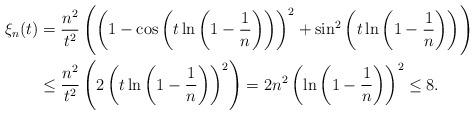
LaTeX: \begin{align*}\xi_n(t) &=\frac{n^2}{t^2}\left( \left(1-\cos\left(t \ln\left(1-\frac{1}{n}\right) \right) \right)^2 + \sin^2\left(t \ln\left(1-\frac{1}{n}\right)\right) \right) \\&\leq \frac{n^2}{t^2} \left( 2\left( t \ln\left(1-\frac{1}{n}\right) \right)^2\right)=2 n^2 \left(\ln\left(1-\frac{1}{n}\right) \right)^2 \leq 8.\end{align*}